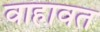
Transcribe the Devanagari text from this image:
वाहावत